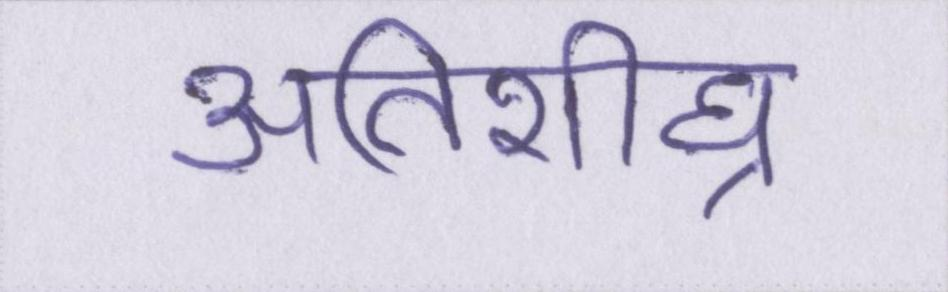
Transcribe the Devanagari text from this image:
अतिशीघ्र